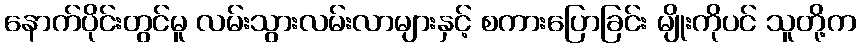
နောက်ပိုင်းတွင်မူ လမ်းသွားလမ်းလာများနှင့် စကားပြောခြင်း မျိုးကိုပင် သူတို့က